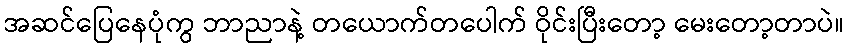
အဆင်ပြေနေပုံကွ ဘာညာနဲ့ တယောက်တပေါက် ဝိုင်းပြီးတော့ မေးတော့တာပဲ။